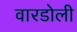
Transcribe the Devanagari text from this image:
वारडोली